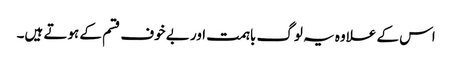
اس کے علاوہ یہ لوگ باہمت اور بے خوف قسم کے ہوتے ہیں۔